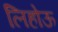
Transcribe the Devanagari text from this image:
लिहोऊ